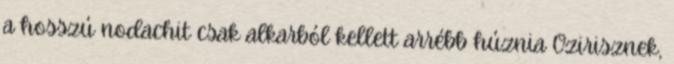
a hosszú nodachit csak alkarból kellett arrébb húznia Ozirisznek,